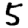
Digit: 5